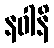
နဝါနိ